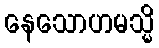
နေသောဟမသ္မိ